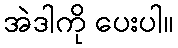
အဲဒါကို ပေးပါ။